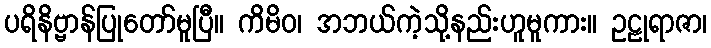
ပရိနိဗ္ဗာန်ပြုတော်မူပြီ။ ကိမိဝ၊ အဘယ်ကဲ့သို့နည်းဟူမူကား။ ဥဠုရာဇာ၊